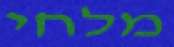
מלחי